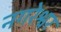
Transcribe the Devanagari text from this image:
नगरेश्वर